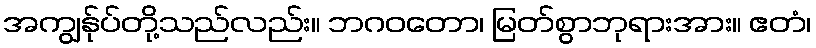
အကျွန်ုပ်တို့သည်လည်း။ ဘဂဝတော၊ မြတ်စွာဘုရားအား။ ဧတံ၊